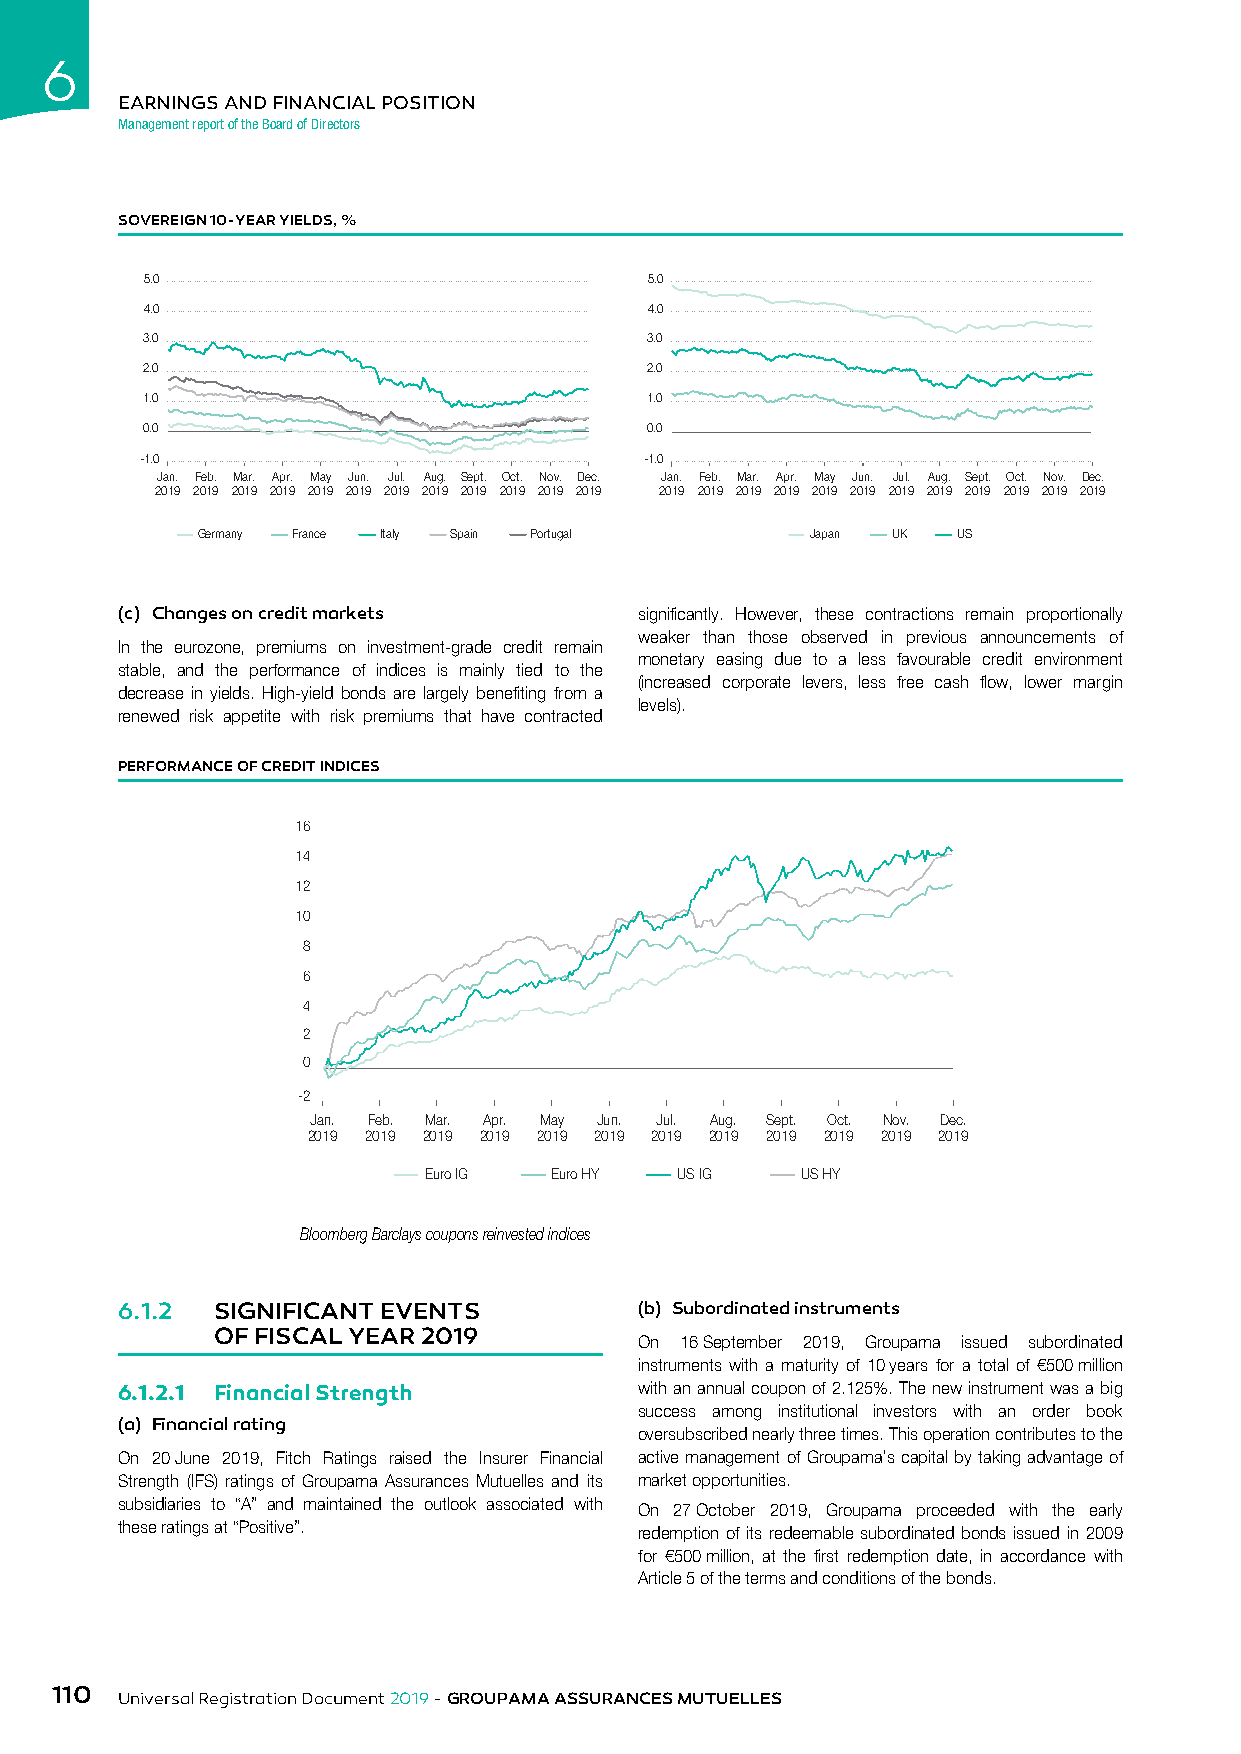
6
 EARNINGS AND FINANCIAL POSITION
 Management report of the Board of Directors
 SOVEREIGN 10-YEAR YIELDS, %
 5.0                              5.0
 4.0                              4.0
 3.0                               3.0
 2.0                               2.0
 1.0                               1.0
 0.0                               0.0
 -1.0                              -1.0
 Jan. Feb. Mar. Apr. May Jun. Jul. Aug. Sept. Oct. Nov. Dec. Jan. Feb. Mar. Apr. May Jun. Jul. Aug. Sept. Oct. Nov. Dec.
 2019 2019 2019 2019 2019 2019 2019 2019 2019 2019 2019 2019 2019 2019 2019 2019 2019 2019 2019 2019 2019 2019 2019 2019
 Germany France Italy Spain Portugal      Japan UK US
 (c) Changes on credit markets     significantly. However, these contractions remain proportionally
 weaker than those observed in previous announcements of
 In the eurozone, premiums on investment-grade credit remain
 monetary easing due to a less favourable credit environment
 stable, and the performance of indices is mainly tied to the
 (increased corporate levers, less free cash flow, lower margin
 decrease in yields. High-yield bonds are largely benefiting from a
 levels).
 renewed risk appetite with risk premiums that have contracted
 PERFORMANCE OF CREDIT INDICES
 16
 14
 12
 10
 8
 6
 4
 2
 0
 -2
 Jan. Feb. Mar. Apr. May Jun. Jul. Aug. Sept. Oct. Nov. Dec.
 2019 2019 2019 2019 2019 2019 2019 2019 2019 2019 2019 2019
 Euro IG Euro HY  US IG   US HY
 Bloomberg Barclays coupons reinvested indices
 6.1.2 SIGNIFICANT EVENTS          (b) Subordinated instruments
 OF FISCAL YEAR 2019
 On 16 September 2019, Groupama issued subordinated
 instruments with a maturity of 10 years for a total of €500 million
 6.1.2.1 Financial Strength        with an annual coupon of 2.125%. The new instrument was a big
 success among institutional investors with an order book
 (a) Financial rating
 oversubscribed nearly three times. This operation contributes to the
 On 20 June 2019, Fitch Ratings raised the Insurer Financial active management of Groupama’s capital by taking advantage of
 Strength (IFS) ratings of Groupama Assurances Mutuelles and its market opportunities.
 subsidiaries to “A” and maintained the outlook associated with On 27 October 2019, Groupama proceeded with the early
 these ratings at “Positive”.      redemption of its redeemable subordinated bonds issued in 2009
 for €500 million, at the first redemption date, in accordance with
 Article 5 of the terms and conditions of the bonds.
 110
 Universal Registration Document 2019 - GROUPAMA ASSURANCES MUTUELLES